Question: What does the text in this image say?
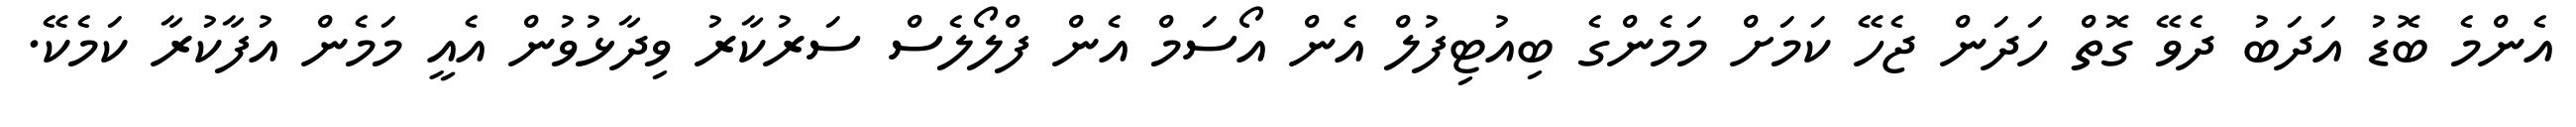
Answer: އެންމެ ބޮޑު އަދަބު ދެވޭ ގޮތް ހަދަން ޖެހޭ ކަމަށް މަމެންގެ ބިއުޓިފުލް އެން އޯސަމް އެން ފްލޯލެސް ސަރުކާރު ވިދާޅުވުން އެއީ މަމެން އުފާކުރާ ކަމެކޭ.